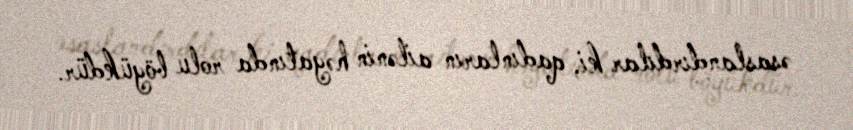
əsaslandırdılar ki, qadınların ailənin həyatında rolu böyükdür.